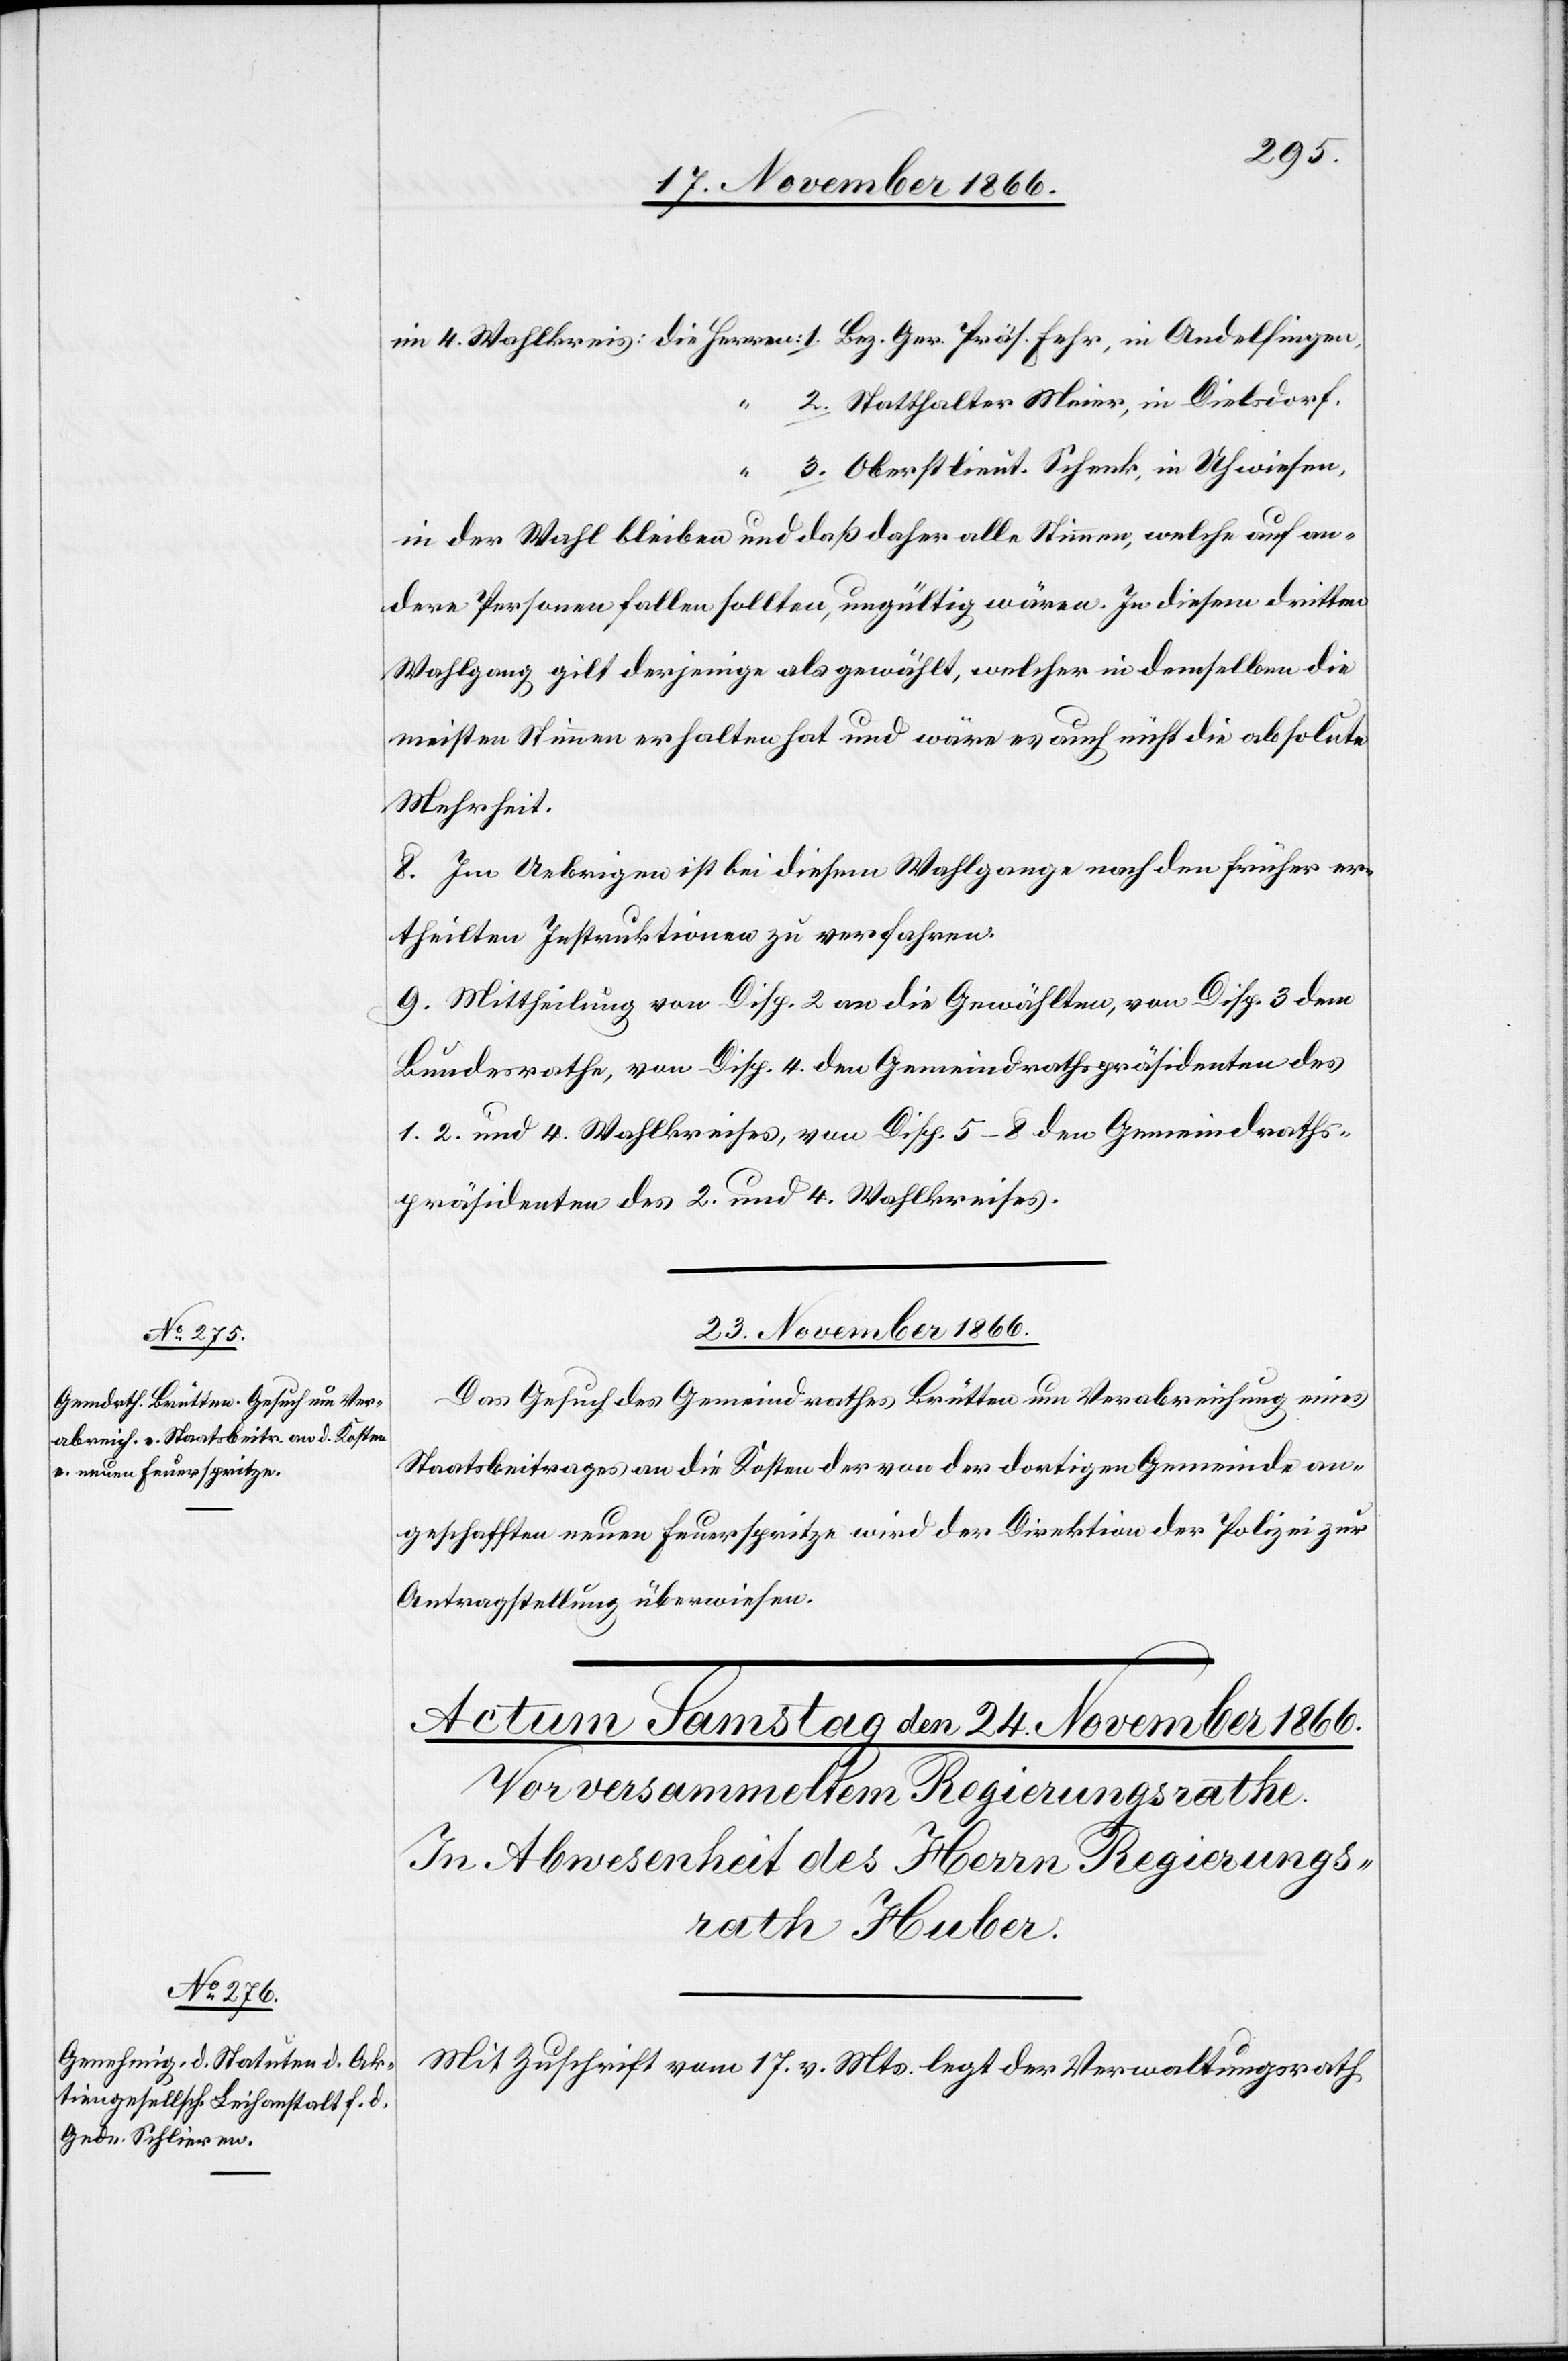
im 4. Wahlkreis: die Herren: 1. Bez. Ger. Präs. Fehr, in Andelfingen
2. Statthalter Meier, in Dielsdorf.
“
3. Oberstlieut. Schenk, in Uhwiesen,
in der Wahl bleiben und daß daher alle Stimmen, welche auf an¬
dere Personen fallen sollten, ungültig wären. In diesem dritten
Wahlgang gilt derjenige als gewählt, welcher in demselben die
meisten Stimmen erhalten hat und wäre es auch nicht die absolute
Mehrheit.
8. Im Uebrigen ist bei diesem Wahlgange nach den früher er¬
theilten Instruktionen zu verfahren.
9. Mittheilung von Disp. 2 an die Gewählten, von Disp. 3 dem
Bundesrathe, von Disp. 4 den Gemeindrathspräsidenten des
1. 2. und 4. Wahlkreises, von Disp. 5–8 den Gemeindraths¬
präsidenten des 2. und 4. Wahlkreises.
23. November 1866.
Das Gesuch des Gemeindrathes Brütten um Verabreichung eines
Staatsbeitrages an die Kosten der von der dortigen Gemeinde an¬
geschafften neuen Feuerspritze wird der Direktion der Polizei zur
Antragstellung überwiesen.
Mit Zuschrift vom 17. v. Mts. legt der Verwaltungsrath